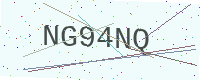
Text: NG94NQ